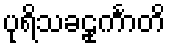
ပုရိသခဠုင်္ကာတိ